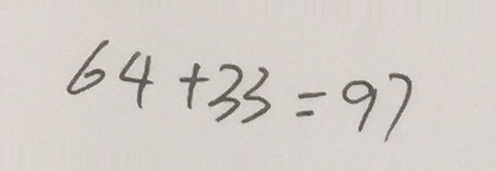
6 4 + 3 3 = 9 7